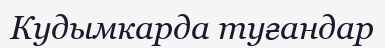
Кудымкарда туғандар